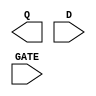
module sky130_fd_sc_lp__dlxtp (
    Q   ,
    D   ,
    GATE
);

    output Q   ;
    input  D   ;
    input  GATE;

    // Voltage supply signals
    supply1 VPWR;
    supply0 VGND;
    supply1 VPB ;
    supply0 VNB ;

endmodule